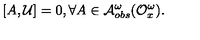
[ A , { \cal U } ] = 0 , \forall A \in { \cal A } _ { o b s } ^ { \omega } ( { \cal O } _ { x } ^ { \omega } ) .